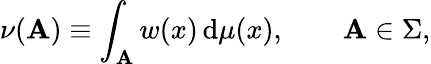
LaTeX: \nu(\mathbf{A})\equiv\int_{\mathbf{A}}w(x)\, \mathrm{{d}}\mu(x),\qquad\mathbf{A}\in\Sigma,